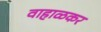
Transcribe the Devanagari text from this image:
वाहाळकर